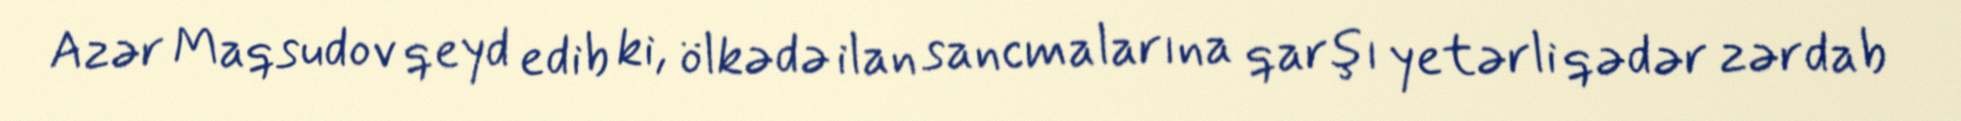
Azər Maqsudov qeyd edib ki, ölkədə ilan sancmalarına qarşı yetərli qədər zərdab